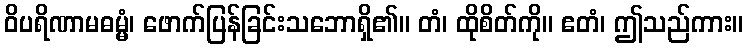
ဝိပရိဏာမဓမ္မံ၊ ဖောက်ပြန်ခြင်းသဘောရှိ၏။ တံ၊ ထိုစိတ်ကို။ ဧတံ၊ ဤသည်ကား။